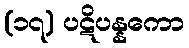
(၁၇) ပဋိပန္နကော